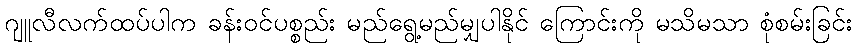
ဂျူလီလက်ထပ်ပါက ခန်းဝင်ပစ္စည်း မည်ရွေ့မည်မျှပါနိုင် ကြောင်းကို မသိမသာ စုံစမ်းခြင်း